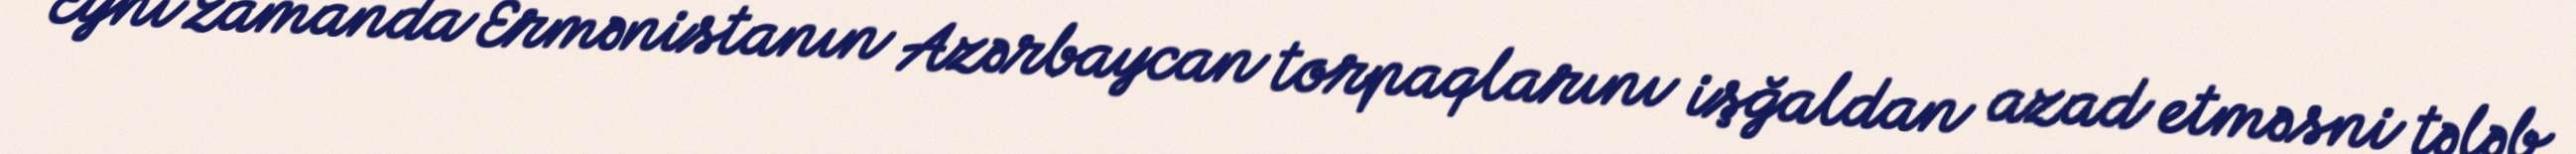
Eyni zamanda Ermənistanın Azərbaycan torpaqlarını işğaldan azad etməsni tələb